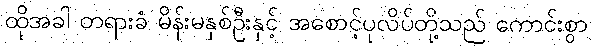
ထိုအခါ တရားခံ မိန်းမနှစ်ဦးနှင့် အစောင့်ပုလိပ်တို့သည် ကောင်းစွာ